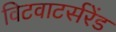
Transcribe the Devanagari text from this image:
विटवाटर्सरेंड